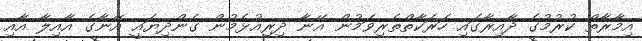
އިމާރާތް ކުރުމުގެ ދާއިރާގައި ހަރަކާތްތެރިވަމުން އޭނާ ދިރިއުޅެމުން ގެންދިޔައީ އޭނާގެ އާއިލާ އާއި